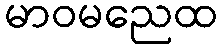
မာဝမညေထ